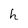
Character: h